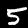
Digit: 5